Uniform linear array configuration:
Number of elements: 64
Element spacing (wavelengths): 0.5
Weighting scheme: hamming
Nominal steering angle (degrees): -30
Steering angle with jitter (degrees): -31.045
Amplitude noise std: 0.05
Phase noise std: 0.05

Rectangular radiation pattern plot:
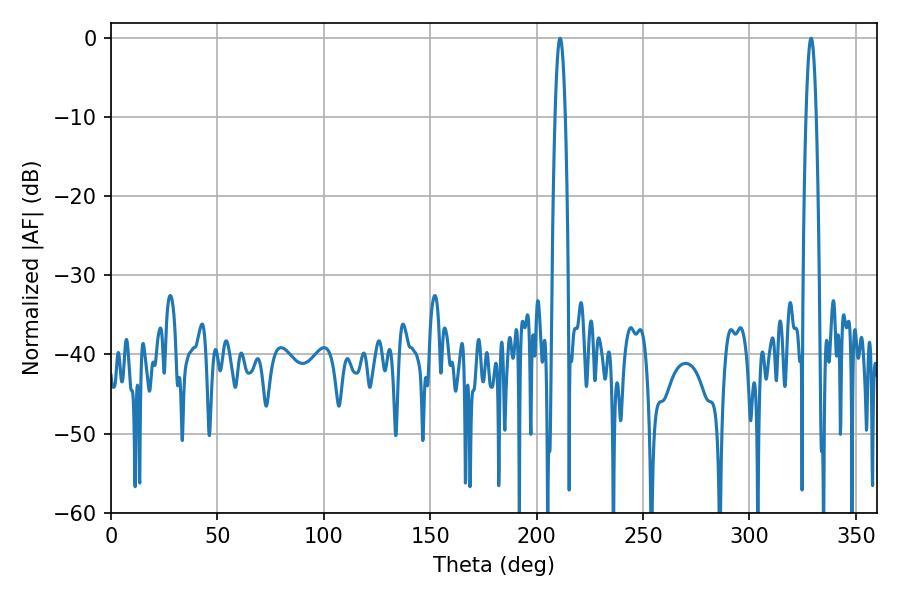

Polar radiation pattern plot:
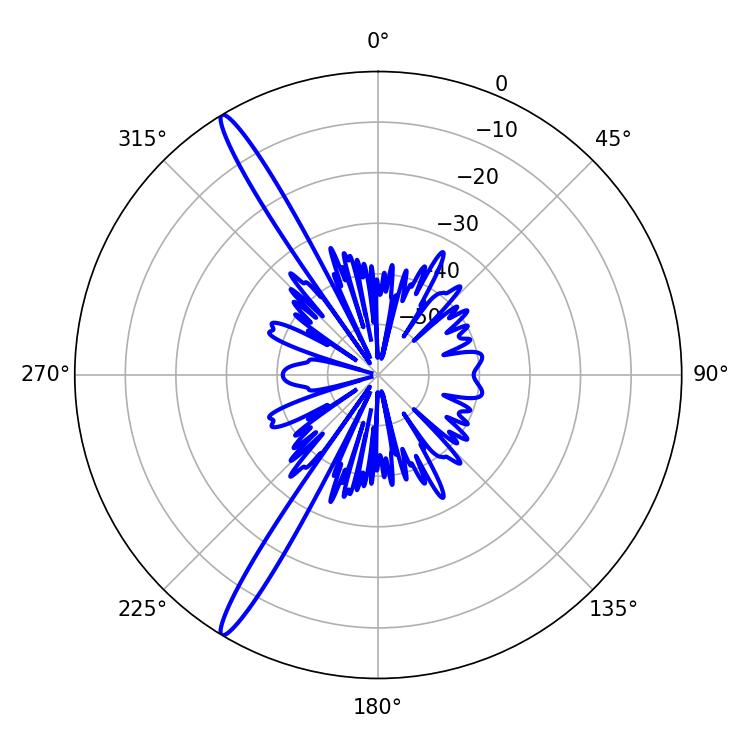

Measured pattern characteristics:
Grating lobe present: FALSE
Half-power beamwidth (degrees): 2.7
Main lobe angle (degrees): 210.96